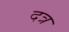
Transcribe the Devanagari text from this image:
दत्र